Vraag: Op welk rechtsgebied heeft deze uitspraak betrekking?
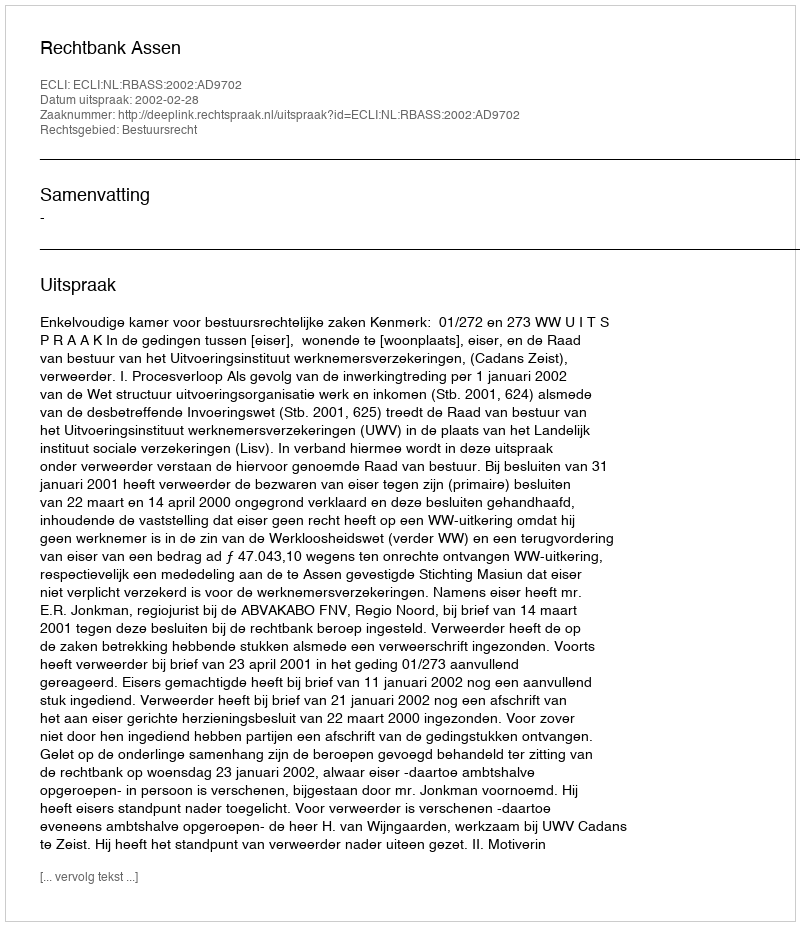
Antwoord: Bestuursrecht